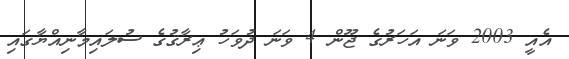
އެއީ 2003 ވަނަ އަހަރުގެ ޖޫން 4 ވަނަ ދުވަހު ޢިރާޤުގެ ސުލައިމާނިއްޔާގައި